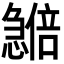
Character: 𪬽